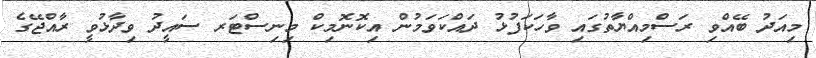
މިއަދު ބޭއްވި ރަސްމިއްޔާތުގައި ވާހަކަފުޅު ދައްކަވަމުން އިކޮނޮމިކް މިނިސްޓަރ ސައީދު ވިދާޅުވީ ރާއްޖޭގެ